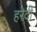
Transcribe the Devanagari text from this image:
हरेदी